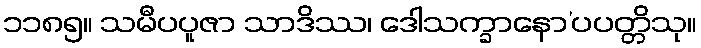
၁၁၈၅။ သမီပပူဇာ သာဒိဿ၊ ဒေါသက္ခာနော’ပပတ္တိသု။